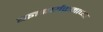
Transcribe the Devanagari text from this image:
यज्ञकार्यक्रमाच्या